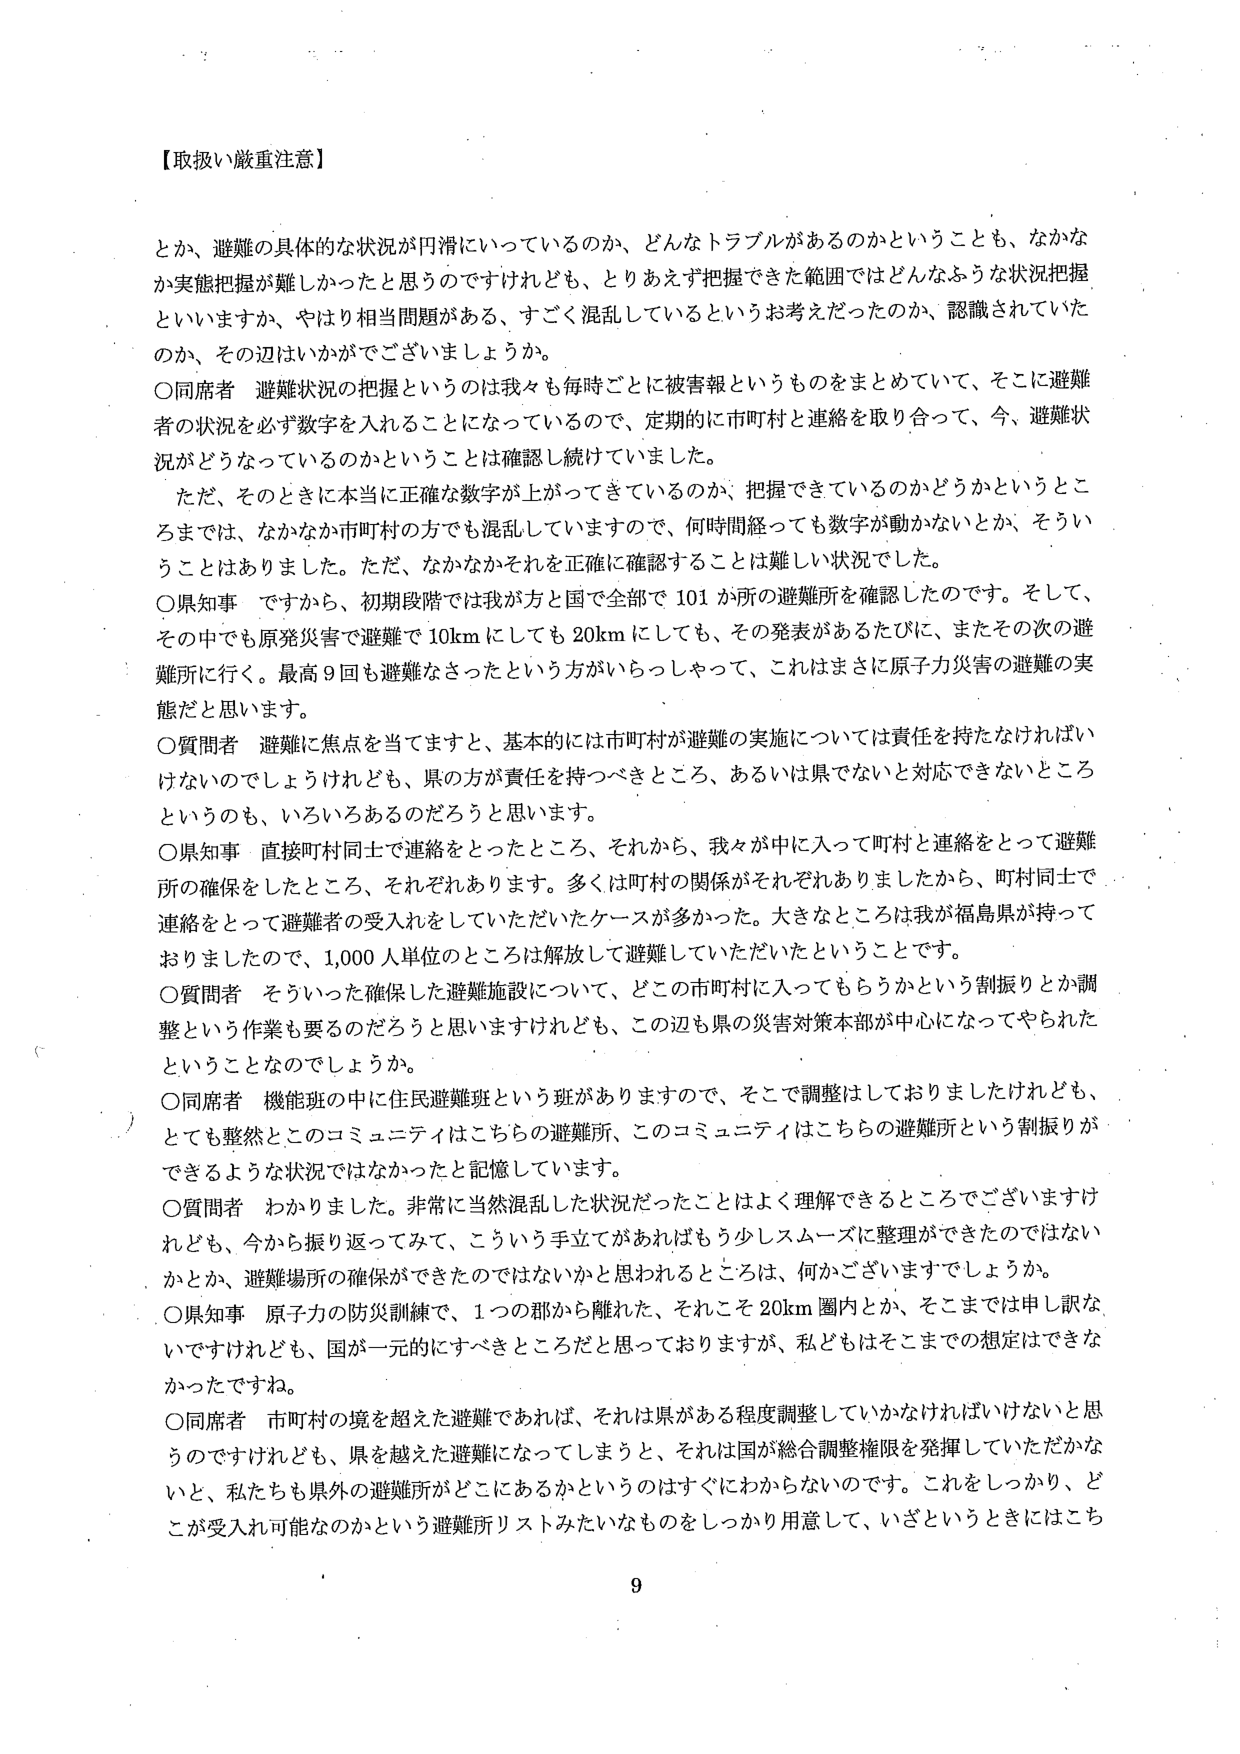
【取扱い厳重注意】

とか、避難の具体的な状況が円滑にいっているのか、どんなトラブルがあるのかということも、なかなか実態把握が難しかったと思うのですけれども、とりあえず把握できた範囲ではどんなふうな状況把握といいますか、やはり相当問題がある、すごく混乱しているというお考えだったのか、認識されていたのか、その辺はいかがでございましょうか。

〇同席者 避難状況の把握というのは我々も毎時ごとに被害報というものをまとめていて、そこに避難者の状況を必ず数字を入れることになっているので、定期的に市町村と連絡を取り合って、今、避難状況がどうなっているのかということは確認し続けていました。

ただ、そのときに本当に正確な数字が上がっているのか、把握できているのかどうかというところまでは、なかなか市町村の方でも混乱していますので、何時間経っても数字が動かないとか、そういうことはありました。ただ、なかなかそれを正確に確認することは難しい状況でした。

〇県知事 ですから、初期段階では我が方と国で全部で101か所の避難所を確認したのです。そして、その中でも原発災害で避難で10kmにしても20kmにしても、その発表があるたびに、またその次の避難所に行く。最高9回も避難なさったという方がいらっしゃって、これはまさに原子力災害の避難の実態だと思います。

〇質問者 避難に焦点を当てますと、基本的には市町村が避難の実施については責任を持たなければいけないのでしょうけれども、県の方が責任を持つべきところ、あるいは県でないと対応できないところというのも、いろいろあるのだろうと思います。

〇県知事 直接町村同士で連絡をとったところ、それから、我々が中に入って町村と連絡をとって避難所の確保をしたところ、それぞれあります。多くは町村の関係がそれぞれありましたから、町村同士で連絡をとって避難者の受入れをしていただいたケースが多かった。大きなところは我が福島県が持っておりましたので、1,000人単位のところは解放して避難していただいたということです。

〇質問者 そういった確保した避難施設について、どの市町村に入ってもらうかという割振りとか調整という作業も要るのだろうと思いますけれども、この辺も県の災害対策本部が中心になってやられたということなのでしょうか。

〇同席者 機能班の中に住民避難班という班がありますので、そこで調整はしておりましたけれども、とても整然とこのコミュニティはこちらの避難所、このコミュニティはこちらの避難所という割振りができるような状況ではなかったと記憶しています。

〇質問者 わかりました。非常に当然混乱した状況だったことはよく理解できるところでございますけれども、今から振り返ってみて、こういう手立てがあればもう少しスムーズに整理ができたのではないかとか、避難場所の確保ができたのではないかと思われるところは、何がございますでしょうか。

〇県知事 原子力の防災訓練で、1つの郡から離れた、それこそ20km圏内とか、そこまでは申し訳ないですが、国が一元的にすべきところだと思っておりますが、私どもはそこまでの想定はできなかったですね。

〇同席者 市町村の境を超えた避難であれば、それは県がある程度調整していかなければならないと思うのですけれども、県を越えた避難になってしまうと、それは国が総合調整権限を発揮していただかないと、私たちも県外の避難所がどこにあるかというのはすぐにわからないのです。これをしっかり、どこが受入れ可能なのかという避難所リストみたいなものをしっかり用意して、いざというときにはこち

9